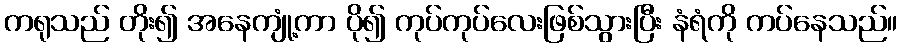
ကရုသည် တိုး၍ အနေကျုံ့ကာ ပို၍ ကုပ်ကုပ်လေးဖြစ်သွားပြီး နံရံကို ကပ်နေသည်။